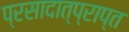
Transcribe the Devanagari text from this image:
प्रसादात्प्राप्त